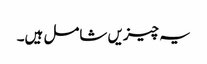
یہ چیزیں شامل ہیں۔